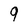
Character: 9